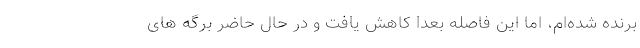
برنده شده‌ام، اما این فاصله بعدا کاهش یافت و در حال حاضر برگه های